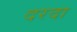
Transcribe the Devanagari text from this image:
दरदा